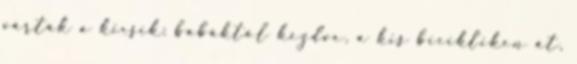
várták a kicsik: babáktól kezdve, a kis bicikliken át,